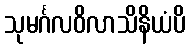
သုမင်္ဂလဝိလာသိနိယံပိ